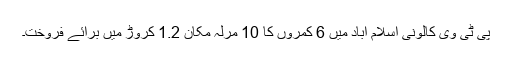
پی ٹی وی کالونی اسلام آباد میں 6 کمروں کا 10 مرلہ مکان 1.2 کروڑ میں برائے فروخت۔